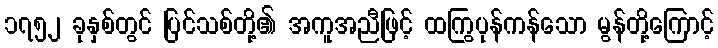
၁၇၅၂ ခုနှစ်တွင် ပြင်သစ်တို့၏ အကူအညီဖြင့် ထကြွပုန်ကန်သော မွန်တို့ကြောင့်